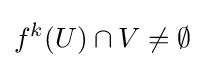
f^{k}(U)\cap V\neq \emptyset